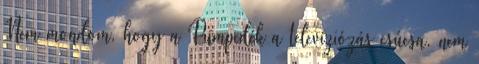
Nem mondom, hogy a Pumpedék a televíziózás csúcsa, nem